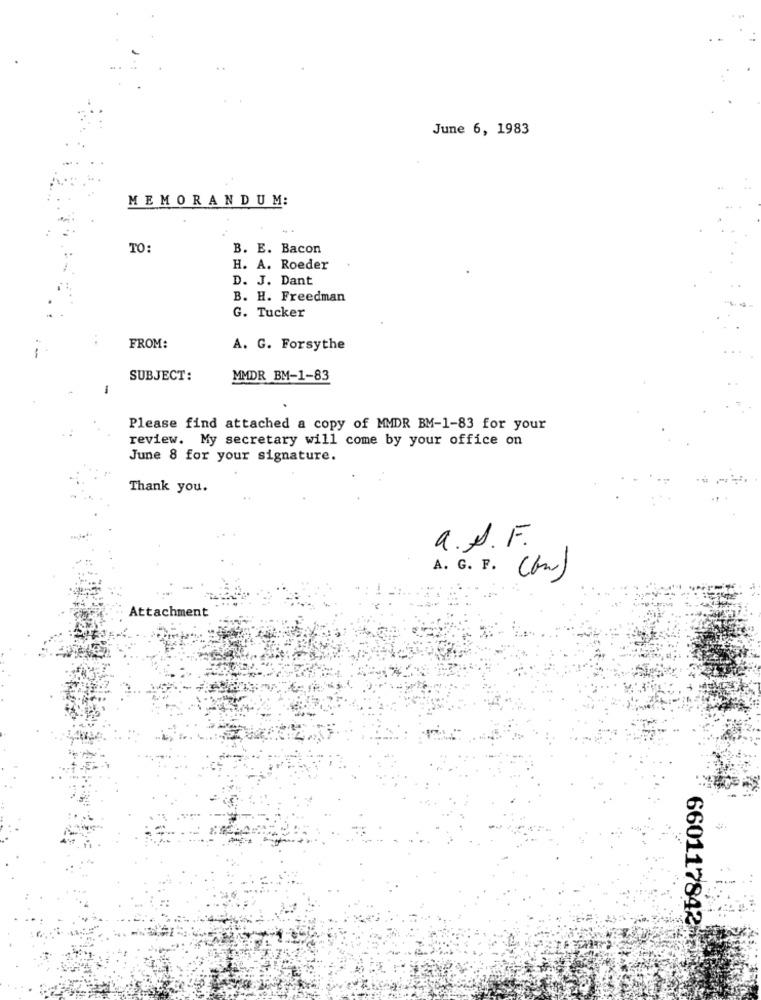
June 6, 1983
MEMORANDUM:
TO:
B. E. Bacon
H. A. Roeder
D. J. Dant
B. H. Freedman
G. Tucker
FROM:
A. G. Forsythe
SUBJECT:
MMDR BM-1-83
-
Please find attached a copy of MMDR BM-1-83 for your
review. My secretary will come by your office on
June 8 for your signature.
Thank you.
a.S.F.
A. G. F. (bm)
Attachment
660117842